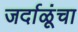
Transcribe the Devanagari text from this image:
जर्दाळूंचा